Report on vaccination in Madras 1895-1903 - 1895-1903
Year: 1895
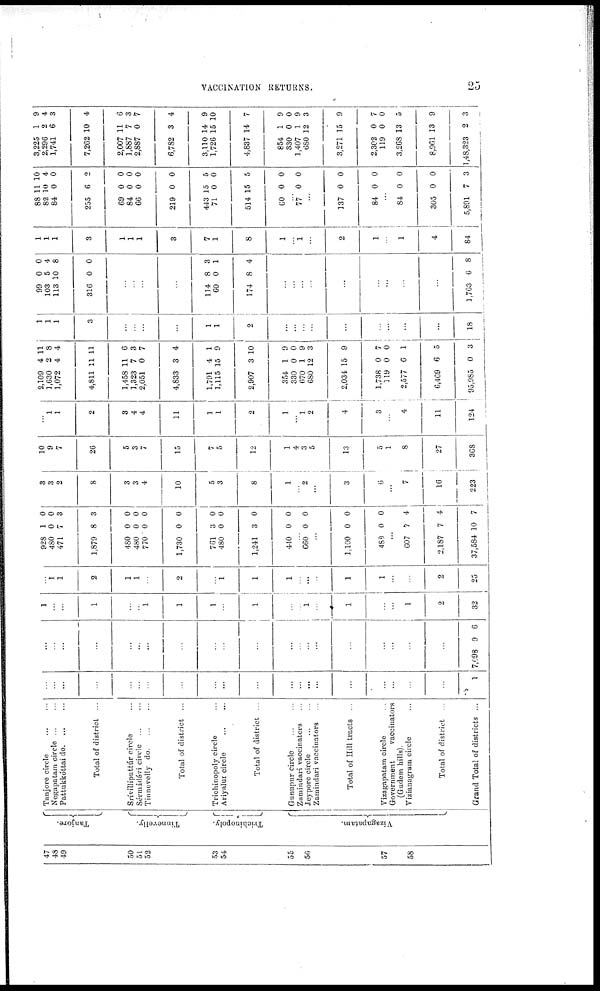
VACCINATION RETURNS.
25
47
48
49
50
51
52
53
54
55
56
57
58
Tanjore.
Tinnevelly.
Trichinopoly.
Vizagapatam.
Tanjore circle ... ...
Negapatam circle ... ...
Pattukkóttai do. ... ...
Total of district ...
Srívilliputtúr circle ...
Sérmádévi circle ... ...
Tinnovelly do. ... ...
Total of district ...
Trichinopoly circle ...
Ariyalur circle ... ...
Total of district ...
Gunupnr circle
...
...
Zamindari vaccinators ...
Jeypore circle ... ...
Zamindari vaccinators ...
Total of Hill tracts ...
Vizagapatam circle ...
Government
vaccinators
(Gudem hills).
Vizianagram circle ...
Total of district ...
Grand Total of districts ...
...
...
...
...
...
...
...
...
...
...
...
...
... ...
...
...
...
...
...
...
1
...
...
...
...
...
...
...
...
...
...
...
...
...
...
...
...
...
...
...
...
7,098 9 6
1
...
...
1
...
...
1
1
1
...
1
...
... 1
...
1
...
...
1
2
32
...
1 1
2
1
1
...
2
...
1
1
1
...
...
...
1
1
...
...
2
25
928
480
471
1,879
480
480
770
1,730
701
480
1,241
440
1
0
7
8
0
0
0
0
3
0
3
0
0
0
3
3
0
0
0
0
0
0
0
0
... 660 0 0
...
1,100
489
0
0
0
0
...
607
2,187
37,584
7
7
10
4
4
7
3
3
2
8
3
3
4
10
5
3
8
1
... 2
...
3
6
...
7
16
223
10
9
7
26
5
3
7
15
7
5
12
1
4
3
5
13
5
1
8
27
368
...
1
1
2
3
4
4
11
1
1
2
1
... 1
2
4
3
...
4
11
124
2,109
1,630
1,072
4,811
1,458
1,323
2,051
4,833
1,791
1,115
2,907
354
330
670
680
2,034
1,738
119
2,577
6,469
95,985
4
2
4
11
11
7
0
3
4
15
3
1
0
1
12
15
0
0
6
6
0
11
8
4
11
6
3
7
4
1
9
10
9
0
9
3
9
7
0
1
5
3
1
1
1
3
...
...
...
...
1
1
2
...
...
...
...
...
...
...
...
...
18
99
103
113
316
0
5
10
0
0
4
8
0
...
...
...
...
114
60
174
8
0
8
3
1
4
...
...
...
...
...
...
...
...
...
1,763 6 8
1
1
1
3
1
1
1
3
7
1
8
1
... 1
...
2
...
...
1
4
84
88
82
84
255
69
84
66
219
443
71
514
60
11
10
0
6
0
0
0
0
15
0
15
0
10
4
0
2
0
0
0
0
5
0
5
0
... 77 0 0
...
137
84
0
0
0
0
...
84
305
5,891
0
0
7
0
0
3
3,225
2,296
1,741
7,262
2,007
1,887
2,887
6,782
3,110
1,726
4,837
854
330
1,407
680
3,271
2,302
119
3,268
8,961
1,48,323
1
2
6
10
11
7
0
3
14
15
14
1
0
1
12
15
0
0
13
13
2
9
4
3
4
6
3
7
4
9
10
7
9
0
9
3
9
7
0
5
9
3